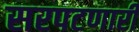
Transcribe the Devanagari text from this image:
सरपटणारी